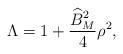
LaTeX: \begin{align*}\Lambda = 1+ \frac{\widehat{B}_M^2}{ 4} \rho^2 ,\end{align*}